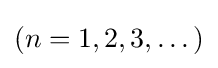
(n=1,2,3,\dotsc )